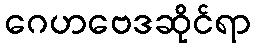
ဂေဟဗေဒဆိုင်ရာ